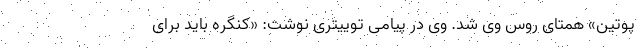
پوتین» همتای روس وی شد. وی در پیامی توییتری نوشت: «کنگره باید برای